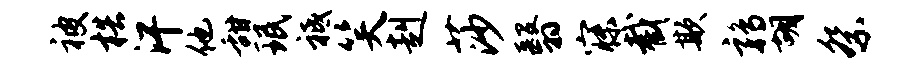
被梏汗他甜珉祗笑赳莎翳寐截欺鹑胡祭